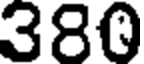
380